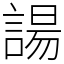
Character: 諹